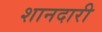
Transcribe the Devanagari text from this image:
शानदारी